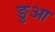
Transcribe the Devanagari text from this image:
ङुआ